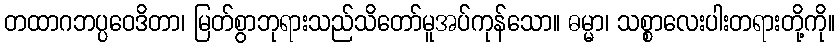
တထာဂဘပ္ပဝေဒိတာ၊ မြတ်စွာဘုရားသည်သိတော်မူအပ်ကုန်သော။ ဓမ္မာ၊ သစ္စာလေးပါးတရားတို့ကို။